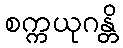
စက္ကယုဂန္တိ